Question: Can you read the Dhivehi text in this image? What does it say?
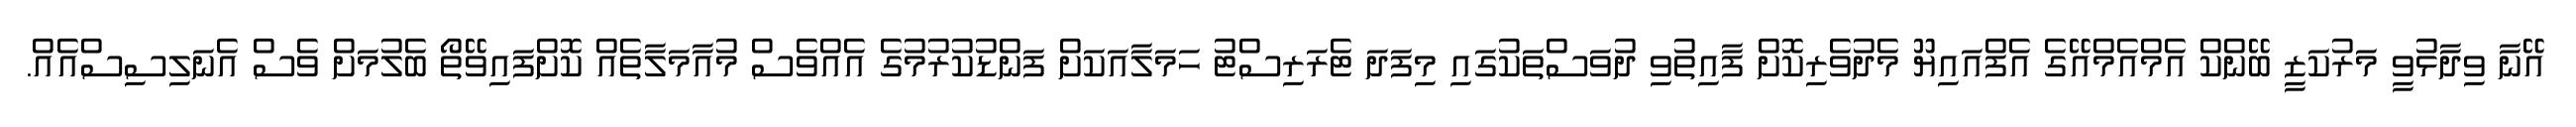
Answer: އޭނާ ވިދާޅުވީ މަރުކަޒީ ބޭންކް އެމްއެމްއޭގެ އެފްއައިޔޫ މެދުވެރިކޮށް ފާއިތުވި ދުވަސްތަކުގައި މިފަދަ ޓެރަރިސްޓު ހަމަލާއަކަށް ފަންޑުކުރުމުގެ އެއްވެސް މުއާމަލާތެއް ކޮށްފައިވޭތޯ ބެލުމަށް ވެސް އެނަލިސިސްއެއް.